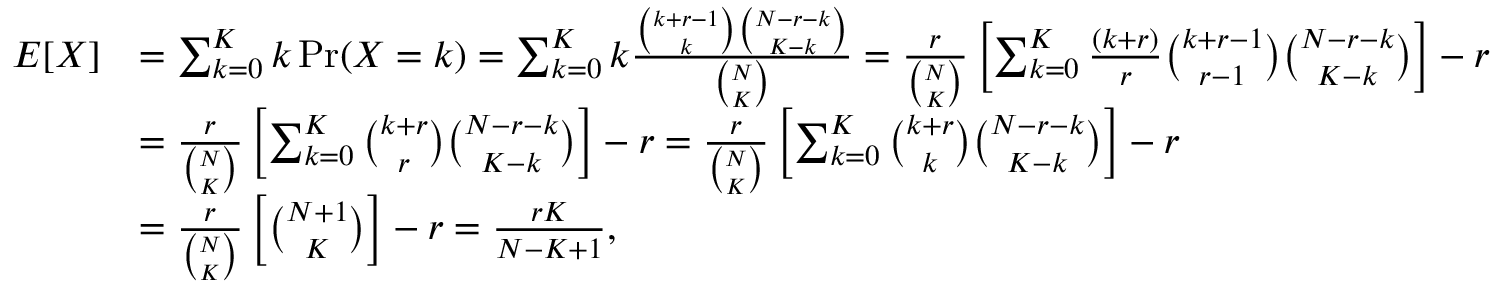
{ \begin{array} { r l } { E [ X ] } & { = \sum _ { k = 0 } ^ { K } k \operatorname* { P r } ( X = k ) = \sum _ { k = 0 } ^ { K } k { \frac { { \binom { k + r - 1 } { k } } { \binom { N - r - k } { K - k } } } { \binom { N } { K } } } = { \frac { r } { \binom { N } { K } } } \left[ \sum _ { k = 0 } ^ { K } { \frac { ( k + r ) } { r } } { \binom { k + r - 1 } { r - 1 } } { \binom { N - r - k } { K - k } } \right] - r } \\ & { = { \frac { r } { \binom { N } { K } } } \left[ \sum _ { k = 0 } ^ { K } { \binom { k + r } { r } } { \binom { N - r - k } { K - k } } \right] - r = { \frac { r } { \binom { N } { K } } } \left[ \sum _ { k = 0 } ^ { K } { \binom { k + r } { k } } { \binom { N - r - k } { K - k } } \right] - r } \\ & { = { \frac { r } { \binom { N } { K } } } \left[ { \binom { N + 1 } { K } } \right] - r = { \frac { r K } { N - K + 1 } } , } \end{array} }